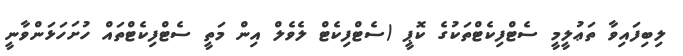
ލިބިފައިވާ ތަޢުލީމީ ސެޓްފިކެޓްތަކުގެ ކޮޕީ (ސެޓްފިކެޓް ލެވެލް އިން މަތީ ސެޓްފިކެޓްތައް ހުށަހަޅަންވާނީ